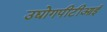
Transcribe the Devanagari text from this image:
उद्योगपीटीआई